Report of the Indian Hemp Drugs Commission, 1894-1895 - Volume VIII
Year: 1894
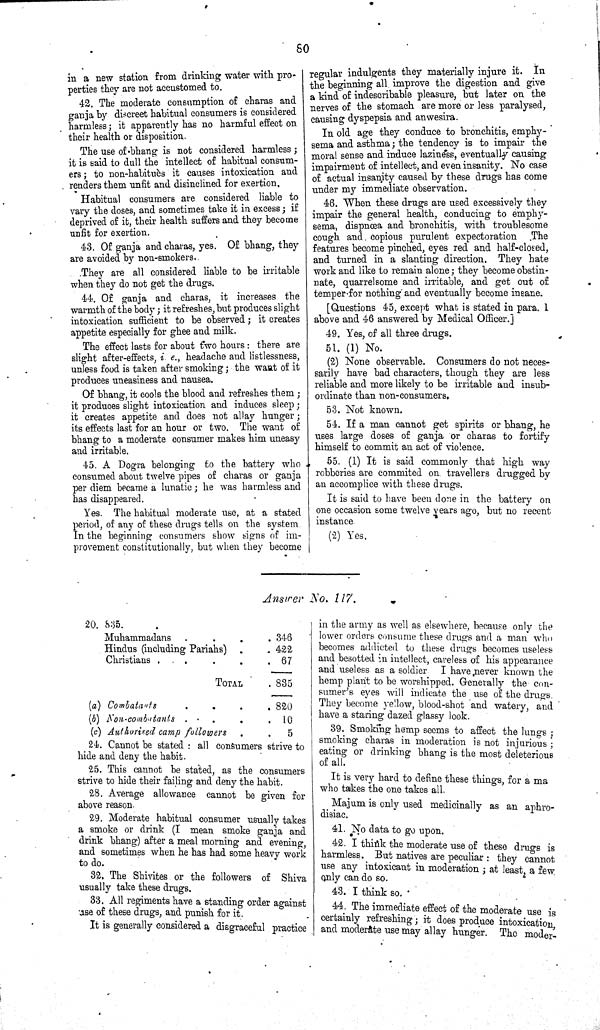
80
in a new station from drinking water with pro-
perties they are not accustomed to.
42. The moderate consumption of charas and
ganja by discreet habitual consumers is considered
harmless; it apparently has no harmful effect on
their health or disposition.
The use of bhang is not considered harmless;
it is said to dull the intellect of habitual consum-
ers; to non-habituès it causes intoxication and
renders them unfit and disinclined for exertion.
Habitual consumers are considered liable to
vary the doses, and sometimes take it in excess; if
deprived of it, their health suffers and they become
unfit for exertion.
43. Of ganja and charas, yes. Of bhang, they
are avoided by non-smokers.
They are all considered liable to be irritable
when they do not get the drugs.
44. Of ganja and charas, it increases the
warmth of the body; it refreshes, but produces slight
intoxication sufficient to be observed; it creates
appetite especially for ghee and milk.
The effect lasts for about two hours: there are
slight after-effects, i. e., headache and listlessness,
unless food is taken after smoking; the want of it
produces uneasiness and nausea.
Of bhang, it cools the blood and refreshes them;
it produces slight intoxication and induces sleep;
it creates appetite and does not allay hunger;
its effects last for an hour or two. The want of
bhang to a moderate consumer makes him uneasy
and irritable.
45. A Dogra belonging to the battery who
consumed about twelve pipes of charas or ganja
per diem became a lunatic; he was harmless and
has disappeared.
Yes. The habitual moderate use, at a stated
period, of any of these drugs tells on the system.
In the beginning consumers show signs of im-
provement constitutionally, but when they become
regular indulgents they materially injure it. In
the beginning all improve the digestion and give
a kind of indescribable pleasure, but later on the
nerves of the stomach are more or less paralysed,
causing dyspepsia and anwesira.
In old age they conduce to bronchitis, emphy-
sema and asthma; the tendency is to impair the
moral sense and induce laziness, eventually causing
impairment of intellect, and even insanity. No case
of actual insanity caused by these drugs has come
under my immediate observation.
46. When these drugs are used excessively they
impair the general health, conducing to emphy-
sema, dispnœa and bronchitis, with troublesome
cough and. copious purulent expectoration The
features become pinched, eyes red and half-closed,
and turned in a slanting direction. They hate
work and like to remain alone; they become obstin-
nate, quarrelsome and irritable, and get out of
temper for nothing and eventually become insane.
[Questions 45, except what is stated in para. 1
above and 46 answered by Medical Officer.]
49. Yes, of all three drugs.
51. (1) No.
(2) None observable. Consumers do not neces-
sarily have bad characters, though they are less
reliable and more likely to be irritable and insub-
ordinate than non-consumers.
53. Not known.
54. If a man cannot get spirits or bhang, he
uses large doses of ganja or charas to fortify
himself to commit an act of violence.
55. (1) It is said commonly that high way
robberies are commited on travellers drugged by
an accomplice with these drugs.
It is said to have been done in the battery on
one occasion some twelve years ago, but no recent
instance
(2) Yes.
Answer No. 117.
20. 835.
Muhammadans
346
Hindus (including Pariahs)
422
Christians
67
TOTAL
835
(a) Combatants
820
(b)
Non-combatants
10
(c) Authorised camp followers
5
24. Cannot be stated: all consumers strive to
hide and deny the habit.
25. This cannot be stated, as the consumers
strive to hide their failing and deny the habit.
28. Average allowance cannot be given for
above reason.
29. Moderate habitual consumer usually takes
a smoke or drink (I mean smoke ganja and
drink bhang) after a meal morning and evening,
and sometimes when he has had some heavy work
to do.
32. The Shivites or the followers of Shiva
usually take these drugs.
33. All regiments have a standing order against
use of these drugs, and punish for it.
It is generally considered a disgraceful practice
in the army as well as elsewhere, because only the
lower orders consume these drugs and a man who
becomes addicted to these drugs becomes useless
and besotted in intellect, careless of his appearance
and useless as a soldier I have never known the
hemp plant to be worshipped. Generally the con-
sumer's eyes will indicate the use of the drugs.
They become yellow, blood-shot and watery, and
have a staring dazed glassy look.
39. Smoking hemp seems to affect the lungs;
smoking charas in moderation is not injurious;
eating or drinking bhang is the most deleterious
of all.
It is very hard to define these things, for a ma
who takes the one takes all.
Majum is only used medicinally as an aphro-
disiac.
41. No data to go upon.
42. I think the moderate use of these drugs is
harmless. But natives are peculiar: they cannot
use any intoxicant in moderation; at least, a few
only can do so.
43. I think so.
44. The immediate effect of the moderate use is
certainly refreshing; it does produce intoxication
and moderate use may allay hunger. The moder-